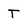
Character: T